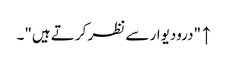
↑ "درودیوار سے نظر کرتے ہیں"۔